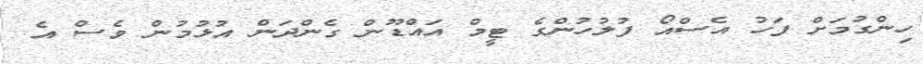
ހިންގުމަށް ފަހު އެސްއޯ ފުލުހުންގެ ޓީމް އައްޑޫން ގެންދަން އުޅުމުން ވެސް އެ